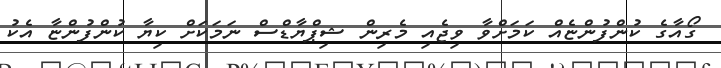
ގޯއާގެ ކުންފުންޏެއް ކަމަށްވާ ވިޖެއި މެރިން ޝިޕްޔާޑްސް ނަމަކަށް ކިޔާ ކުންފުންޏާ އެކު